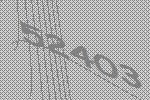
52403